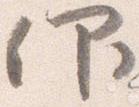
仰